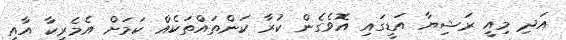
އަދި މިއީ ރަޝިޔާ އަޑީގައި އޮވެގެން ކުރާ ކަންތައްތަކެއް ކަމަށް އެމެރިކާ އާއި